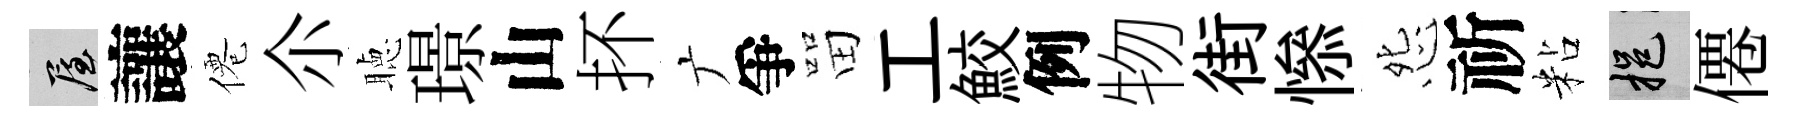
屋讓僊尒聴璟山抔广爭㽞工鮫例物街𢡖怨祈粘挹僊